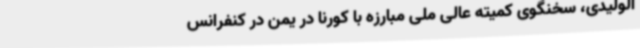
الولیدی، سخنگوی کمیته عالی ملی مبارزه با کورنا در یمن در کنفرانس